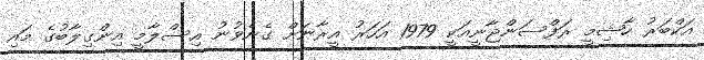
އަކްބަރު ހާޝިމީ ރަފްސަންޖާނީއަކީ 1979 އަހަރު އީރާނަށް ގެނެވުނު އިސްލާމީ އިންގިލާބުގެ މައި